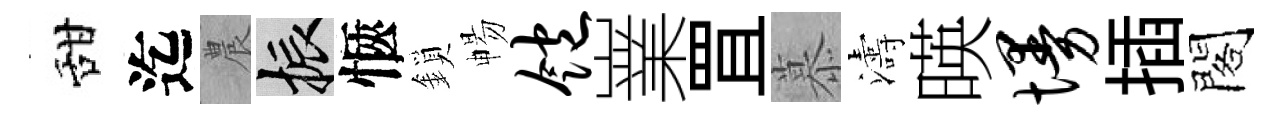
甜迄農振愜鎖暢饱嶪罝慕濤暎墁插閣